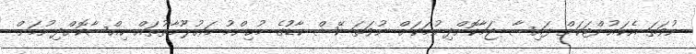
ނުވަތަ އެކައުންޓަކަށް ފައިސާ ޖަމާކޮށްދިނުމަކަށް ނުވަތަ ކޭޝް ކާޑުުގެ މުހިންމު މަޢުލޫމާތުތައް ހިއްސާކޮށްދިނުމަށް